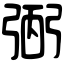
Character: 弻